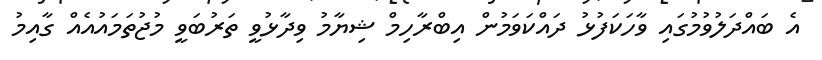
އެ ބައްދަލުވުމުގައި ވާހަކަފުޅު ދައްކަވަމުން އިބްރާހިމް ޝިޔާމު ވިދާޅުވީ ތަރުބަވީ މުޖުތަމައުއެއް ގާއިމު